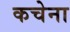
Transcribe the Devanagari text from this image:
कचेना